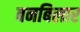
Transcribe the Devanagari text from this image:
बनबिलार